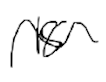
Text: 18
Cross-out: wave
Writing tool: digital_black